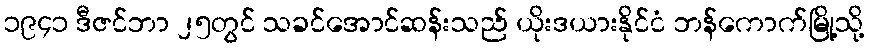
၁၉၄၁ ဒီဇင်ဘာ ၂၅တွင် သခင်အောင်ဆန်းသည် ယိုးဒယားနိုင်ငံ ဘန်ကောက်မြို့သို့